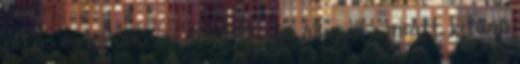
piros és különösen délelőtt a jó állapota miatt, kitűnő